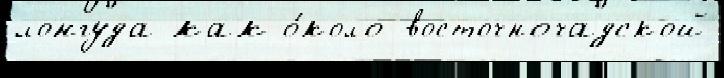
лонгуда как о́коло восточночадской